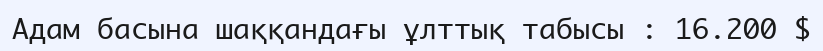
Адам басына шаққандағы ұлттық табысы : 16.200 $